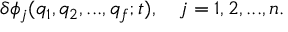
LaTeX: \delta \phi _ { j } ( q _ { 1 } , q _ { 2 } , . . . , q _ { f } ; t ) , \quad j = 1 , 2 , . . . , n .